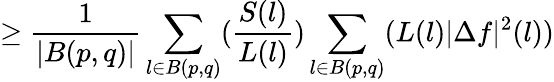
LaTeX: \geq\frac{1}{|B(p,q)|}\sum_{l\in B(p,q)}(\frac{S(l)}{L(l)})\sum_{l\in B(p,q)}(L(l)|\Delta f|^{2}(l))